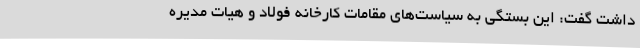
داشت گفت: این بستگی به سیاست‌های مقامات کارخانه فولاد و هیات مدیره